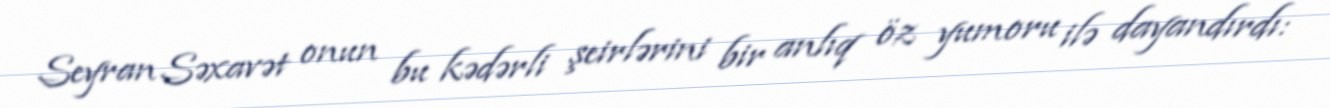
Seyran Səxavət onun bu kədərli şeirlərini bir anlıq öz yumoru ilə dayandırdı: